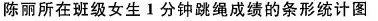
陈丽所在班级女生一分钟跳绳成绩的条形统计图